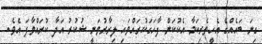
ގިނަ ބައެއްގެ އެހީތެރިކަމާ އެކުކަން ފާހަގަކުރައްވައި ލިރާރުވަނީ ޝުކުރު އަދާ ކުރައްވާފަ އެވެ.